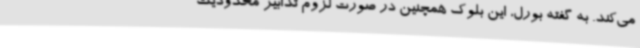
می‌کند. به گفته بورل، این بلوک همچنین در صورت لزوم تدابیر محدودیت